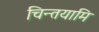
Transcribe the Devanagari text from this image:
चिन्तयामि